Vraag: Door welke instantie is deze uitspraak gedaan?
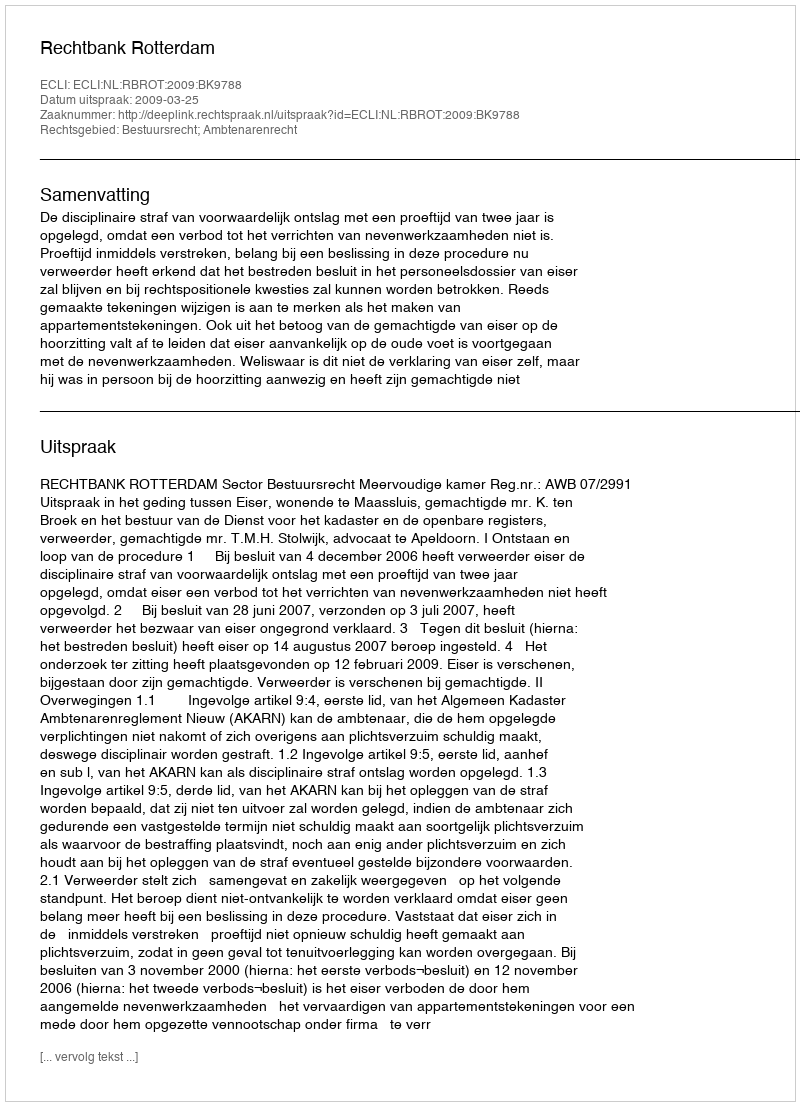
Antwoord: Rechtbank Rotterdam